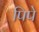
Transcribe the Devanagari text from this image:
पिपे